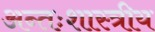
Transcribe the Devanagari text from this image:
अन्तःशास्त्रीय